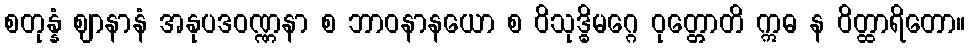
စတုန္နံ ဈာနာနံ အနုပဒဝဏ္ဏနာ စ ဘာဝနာနယော စ ဝိသုဒ္ဓိမဂ္ဂေ ဝုတ္တောတိ ဣဓ န ဝိတ္ထာရိတော။